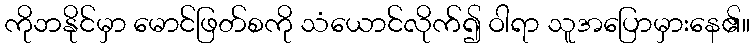
ကိုဘနိုင်မှာ မောင်ဖြတ်စကို သံယောင်လိုက်၍ ဝါရာ သူအပြောမှားနေ၏။